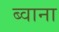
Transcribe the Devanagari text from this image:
ब्वाना